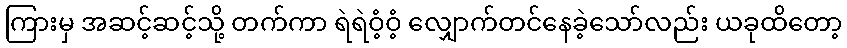
ကြားမှ အဆင့်ဆင့်သို့ တက်ကာ ရဲရဲဝံ့ဝံ့ လျှောက်တင်နေခဲ့သော်လည်း ယခုထိတော့